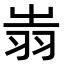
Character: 𦐉